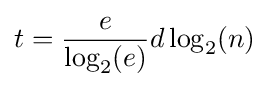
t={\frac {e}{\log _{2}(e)}}d\log _{2}(n)